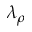
\lambda _ { \rho }